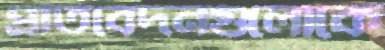
প্রতিবেদনগুলোকে